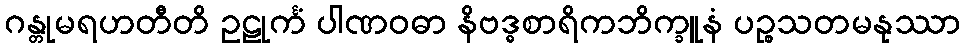
ဂန္တုမရဟတီတိ ဥဠုင်္ကံ ပါဏဝဓာ နိဗဒ္ဓစာရိကဘိက္ခူနံ ပဉ္စသတမနုဿာ